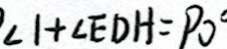
\angle 1 + \angle E D H = P 0 ^ { \circ }